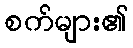
စက်များ၏